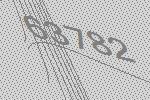
63782